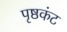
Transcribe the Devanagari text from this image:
पृष्ठकंट